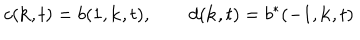
c ( { \bf k } , t ) = b ( 1 , { \bf k } , t ) , \qquad d ( { \bf k } , t ) = b ^ { \ast } ( - 1 , { \bf k } , t )